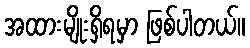
အထားမျိုးရှိရမှာ ဖြစ်ပါတယ်။